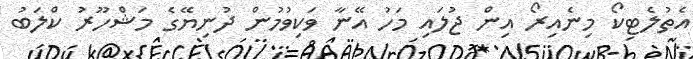
އެތުލެޓިކޯ މިނެއިރޯ އިން ޖުލައި މަހު އޭނާ ވަކިވުމުން ދުނިޔޭގެ މަޝްހޫރު ކްލަބު